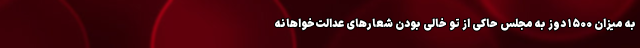
به میزان ۱۵۰۰ دوز به مجلس حاکی از تو خالی بودن شعارهای عدالت‌خواهانه